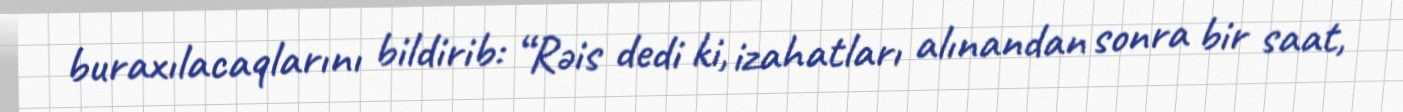
buraxılacaqlarını bildirib: “Rəis dedi ki, izahatları alınandan sonra bir saat,